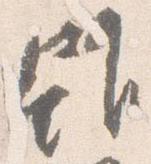
雖